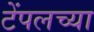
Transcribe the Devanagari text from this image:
टेंपलच्या